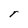
Character: r